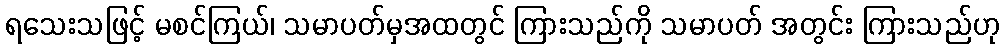
ရသေးသဖြင့် မစင်ကြယ်၊ သမာပတ်မှအထတွင် ကြားသည်ကို သမာပတ် အတွင်း ကြားသည်ဟု